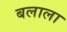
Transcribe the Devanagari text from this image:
बलाला